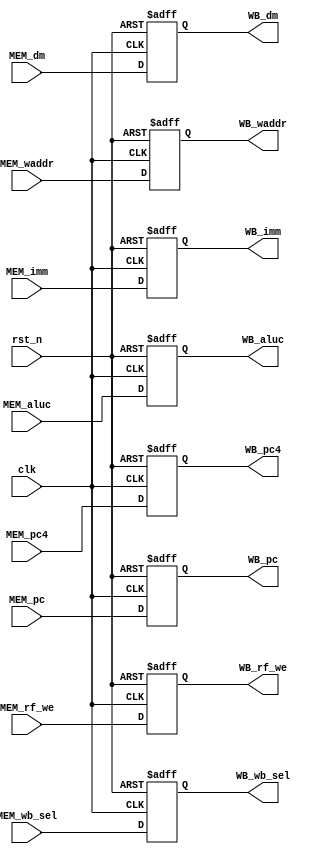
`timescale 1ns / 1ps
//////////////////////////////////////////////////////////////////////////////////
// Company: 
// Engineer: 
// 
// Design Name: 
// Module Name: pr_MEM_WB
// Project Name: 
// Target Devices: 
// Tool Versions: 
// Description: 
// 
// Dependencies: 
// 
// Revision:
// Revision 0.01 - File Created
// Additional Comments:
// 
//////////////////////////////////////////////////////////////////////////////////


module pr_MEM_WB(
    input wire clk,
    input wire rst_n,
    input wire [1:0] MEM_wb_sel,  
    input wire MEM_rf_we,
    input wire [4:0] MEM_waddr,
    input wire [31:0] MEM_dm,
    input wire [31:0] MEM_aluc,

    output reg [1:0] WB_wb_sel,
    output reg WB_rf_we,
    output reg [4:0] WB_waddr,
    output reg [31:0] WB_dm,

    input wire [31:0] MEM_pc,
    input wire [31:0] MEM_pc4,
    input wire [31:0] MEM_imm,
    output reg [31:0] WB_pc,
    output reg [31:0] WB_pc4,
    output reg [31:0] WB_imm,
    output reg [31:0] WB_aluc
    );

always @ (posedge clk or posedge rst_n) begin
    if( rst_n) WB_aluc <= 32'b0;
    else WB_aluc <= MEM_aluc;
end

always @ (posedge clk or posedge rst_n) begin
    if( rst_n) WB_pc <= 32'b0;
    else WB_pc <= MEM_pc;
end

always @ (posedge clk or posedge rst_n) begin
    if( rst_n) WB_pc4 <= 32'b0;
    else WB_pc4 <= MEM_pc4;
end

always @ (posedge clk or posedge rst_n) begin
    if( rst_n) WB_imm <= 32'b0;
    else WB_imm <= MEM_imm;
end

always @ (posedge clk or posedge rst_n) begin
    if( rst_n) WB_dm <= 32'b0;
    else WB_dm <= MEM_dm;
end

always @ (posedge clk or posedge rst_n) begin
    if( rst_n) WB_wb_sel <= 2'b0;
    else WB_wb_sel <= MEM_wb_sel;
end

always @ (posedge clk or posedge rst_n) begin
    if( rst_n) WB_rf_we <= 1'b0;
    else WB_rf_we <= MEM_rf_we;
end

always @ (posedge clk or posedge rst_n) begin
    if( rst_n) WB_waddr <= 5'b0;
    else WB_waddr <= MEM_waddr;
end


endmodule